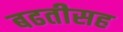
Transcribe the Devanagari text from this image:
बढतीसह